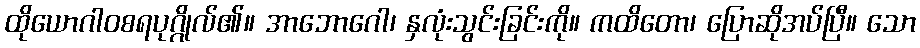
ထိုယောဂါဝစရပုဂ္ဂိုလ်၏။ အာဘောဂေါ၊ နှလုံးသွင်းခြင်းကို။ ကထိတော၊ ပြောဆိုအပ်ပြီ။ သော